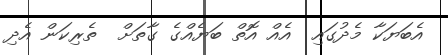
އެބަޔަކާ މެދުގައި  އެއް އޮތް ބަޔެއްގެ ގާތަށް  ތެރިކަން އެދި